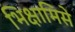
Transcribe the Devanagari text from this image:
भिक्षामिसे